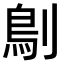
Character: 𠞸